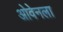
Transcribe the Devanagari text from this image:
ओवेनला